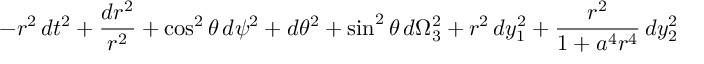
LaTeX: - r ^ { 2 } \, d t ^ { 2 } + { \frac { d r ^ { 2 } } { r ^ { 2 } } } + \cos ^ { 2 } \theta \, d \psi ^ { 2 } + d \theta ^ { 2 } + \sin ^ { 2 } \theta \, d \Omega _ { 3 } ^ { 2 } + r ^ { 2 } \, d y _ { 1 } ^ { 2 } + { \frac { r ^ { 2 } } { 1 + a ^ { 4 } r ^ { 4 } } } \, d y _ { 2 } ^ { 2 }